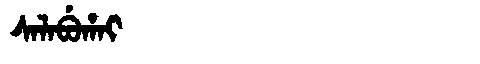
Manchu: ᠰᠠᠯᠠᠪᡠᡥᠠᡳ
Romanization: SALABUHAI